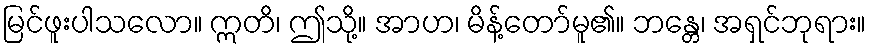
မြင်ဖူးပါသလော။ ဣတိ၊ ဤသို့။ အာဟ၊ မိန့်တော်မူ၏။ ဘန္တေ၊ အရှင်ဘုရား။